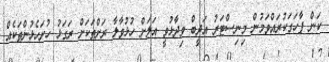
ކަން ފާހަގަކުރައްވަމުން މިނިސްޓަރު އަދީބް ވިދާޅުވީ އަލަށް ހުޅުވާލާ ރަށްތަކަށް ރަގަޅު ހުށަހެޅުންތަކެއް